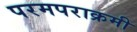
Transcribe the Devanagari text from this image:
परमपराक्रमी